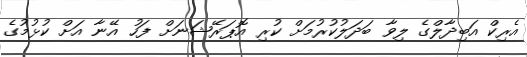
އެރިކް އަބިދާލްގެ ލިވާ ބަދަލުކުރުމަށް ކުރި އޮޕަރޭޝަނަށް ފަހު އޭނާ އަށް ކުޅުމުގެ